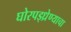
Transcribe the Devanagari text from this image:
घोरपड्ध्रेण्याचा